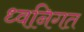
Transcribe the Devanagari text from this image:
ध्वनिगत